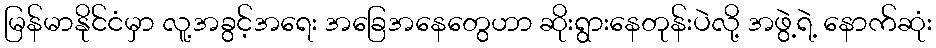
မြန်မာနိုင်ငံမှာ လူ့အခွင့်အရေး အခြေအနေတွေဟာ ဆိုးရွားနေတုန်းပဲလို့ အဖွဲ့ရဲ့ နောက်ဆုံး